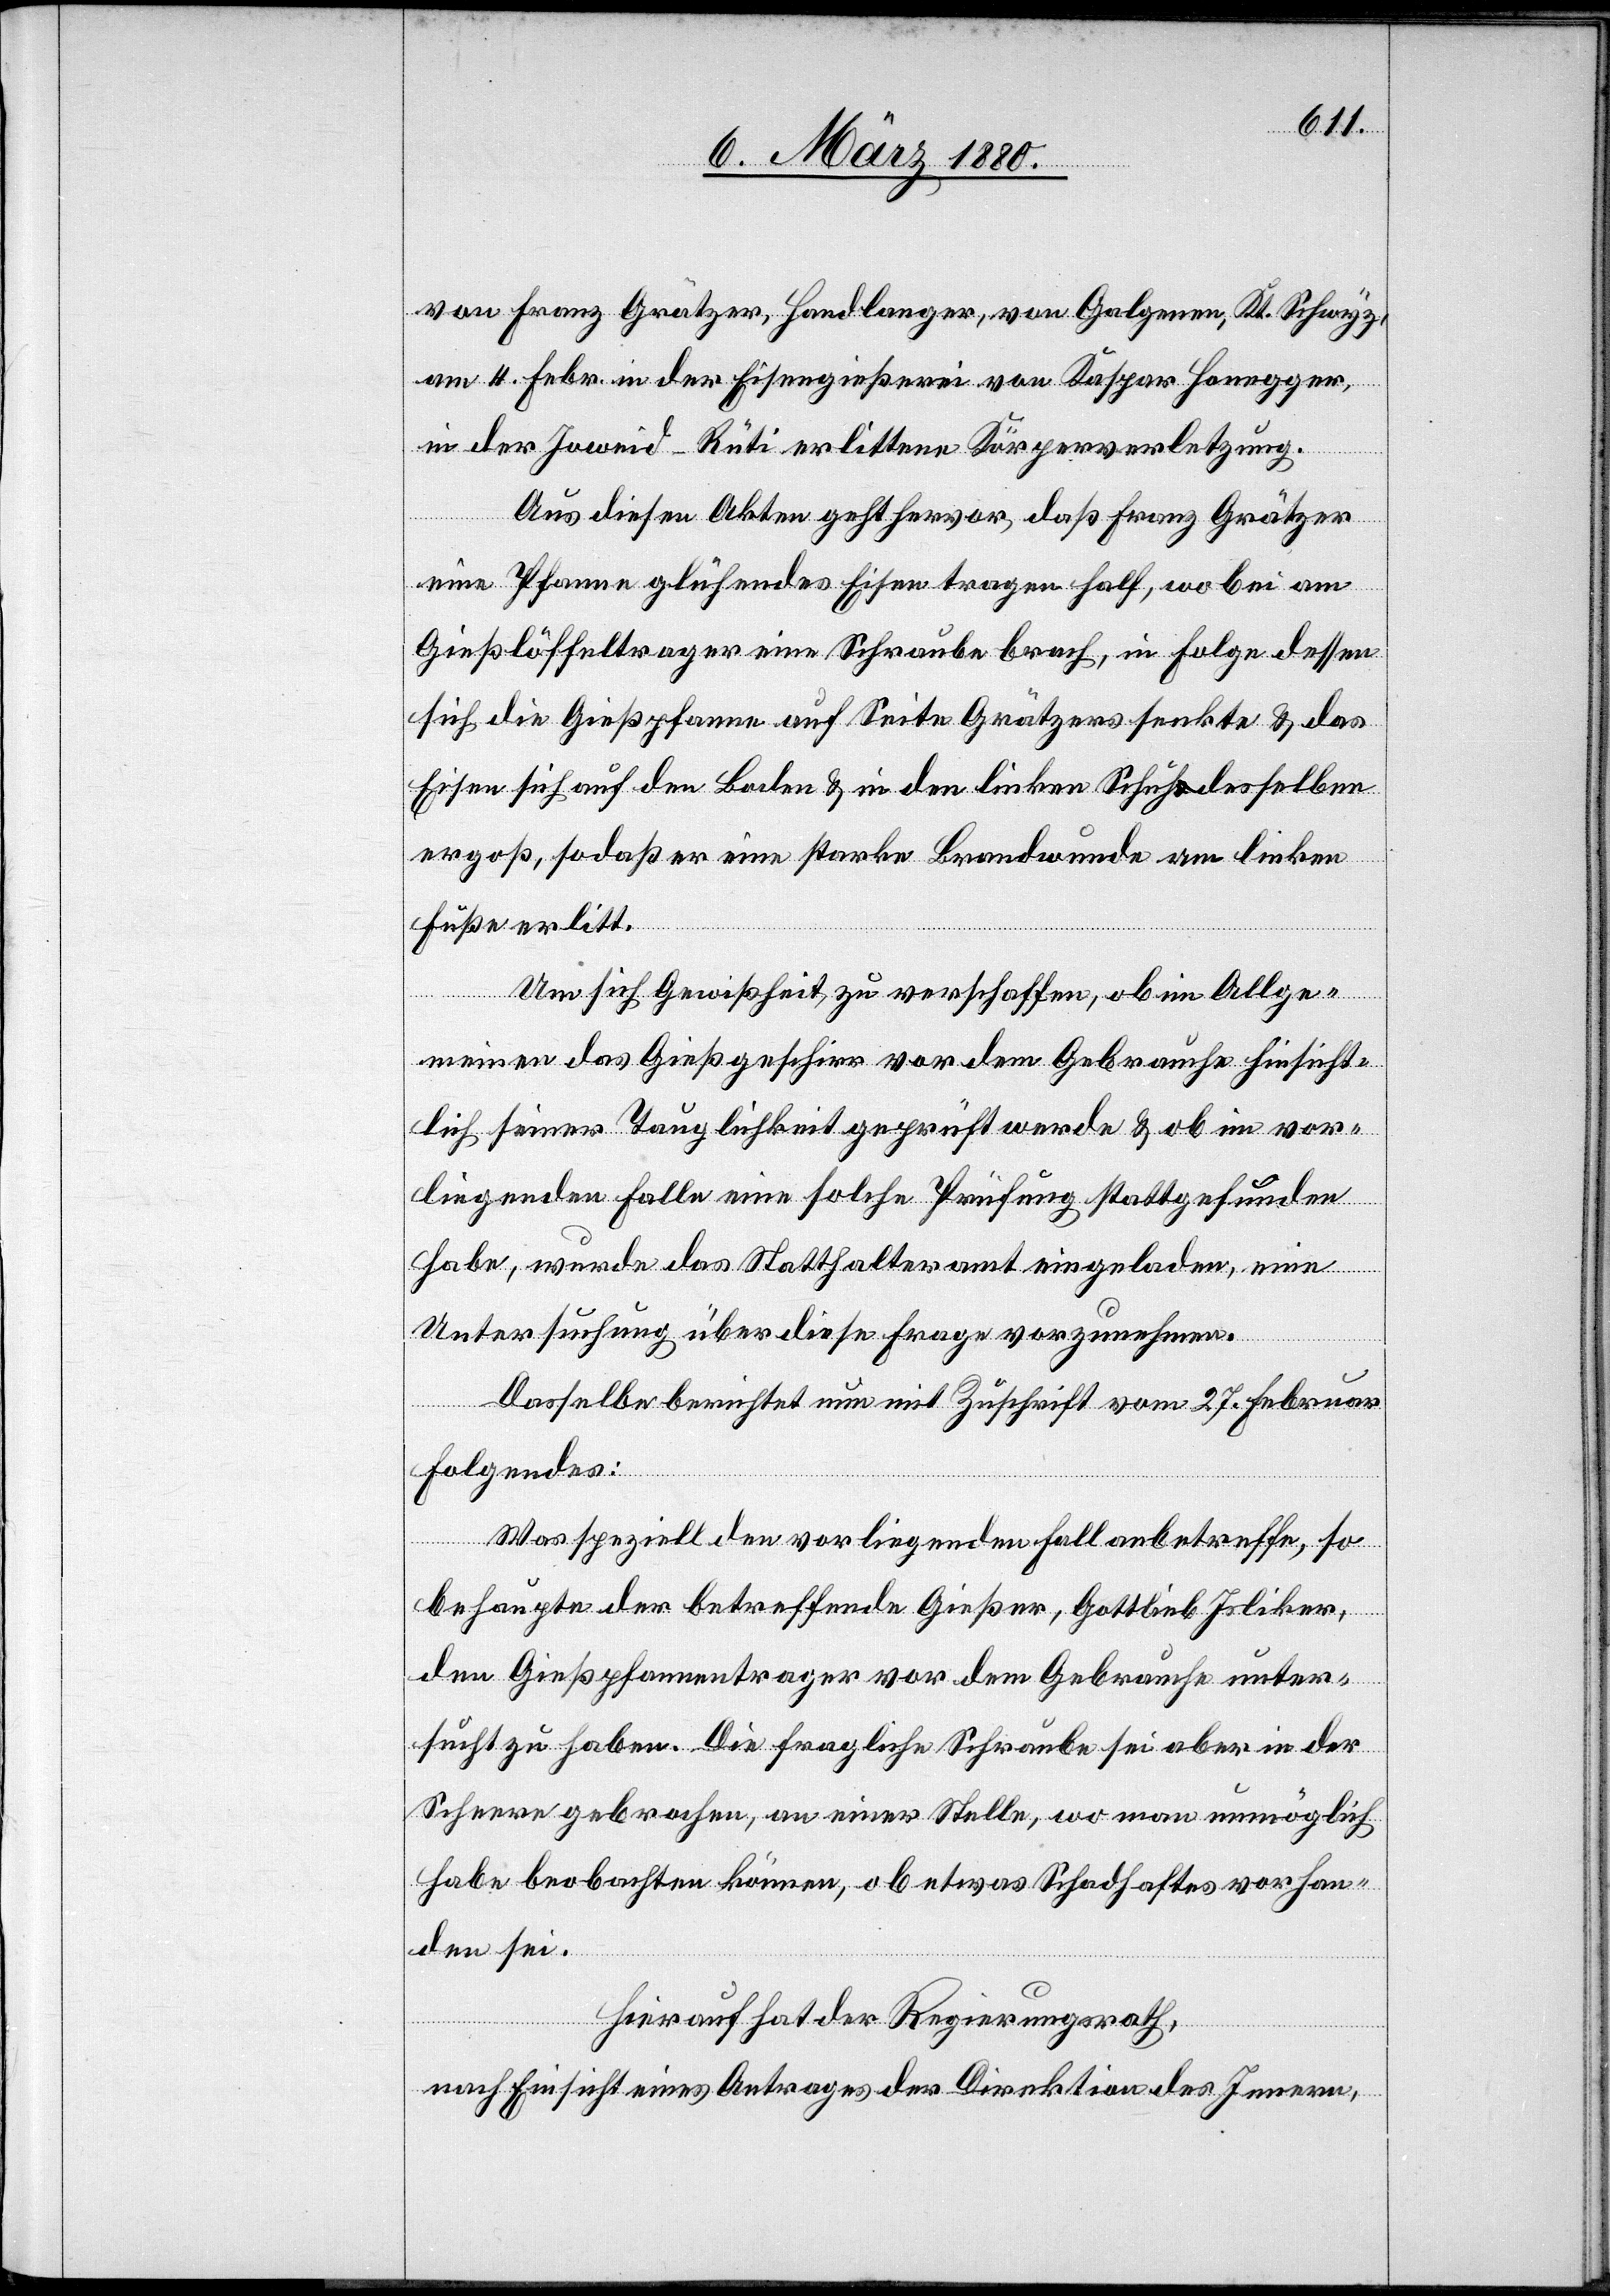
von Franz Grätzer, Handlanger, von Galgenen, Kt. Schwyz,
am 4. Febr. in der Eisengießerei von Kaspar Honegger,
in der Joweid-Rüti erlittene Körperverletzung.
Aus diesen Akten geht hervor, daß Franz Grätzer
eine Pfanne glühendes Eisen tragen half, wobei am
Gießlöffeltrager eine Schraube brach, in Folge dessen
sich die Gießpfanne auf Seite Grätzers senkte & das
Eisen sich auf den Boden & in den linken Schuh desselben
ergoß, so daß er eine starke Brandwunde am linken
Fuße erlitt.
Um sich Gewißheit zu verschaffen, ob im Allge¬
meinen das Gießgeschirr vor dem Gebrauche hinsicht¬
lich seiner Tauglichkeit geprüft werde & ob im vor¬
liegenden Falle eine solche Prüfung stattgefunden
habe, wurde das Statthalteramt eingeladen, eine
Untersuchung über diese Frage vorzunehmen.
Dasselbe berichtet nun mit Zuschrift vom 27. Februar
folgendes:
Was speziell den vorliegenden Fall anbetreffe, so
behaupte der betreffende Gießer, Gottlieb Isliker,
den Gießpfannentrager vor dem Gebrauche unter¬
sucht zu haben. Die fragliche Schraube sei aber in der
Scheere gebrochen, an einer Stelle, wo man unmöglich
habe beobachten können, ob etwas Schadhaftes vorhan¬
den sei.
Hierauf hat der Regierungsrath,
nach Einsicht eines Antrages der Direktion des Innern,